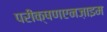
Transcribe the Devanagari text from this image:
परीक्षणएनज़ाइम